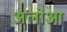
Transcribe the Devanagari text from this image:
अलोआ